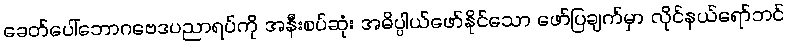
ခေတ်ပေါ်ဘောဂဗေဒပညာရပ်ကို အနီးစပ်ဆုံး အဓိပ္ပါယ်ဖော်နိုင်သော ဖော်ပြချက်မှာ လိုင်နယ်ရော်ဘင်